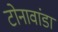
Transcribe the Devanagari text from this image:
टोनावांडा